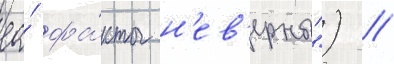
ео́ фа́кты н'ев'ерны") //